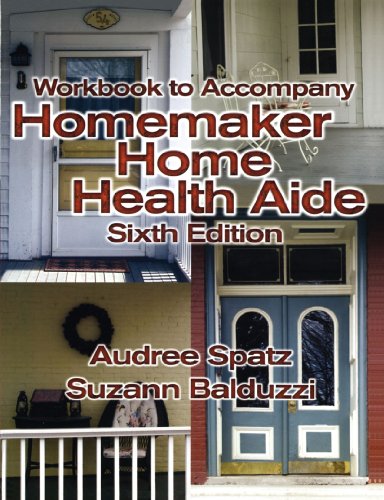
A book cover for Workbook for Balduzzi/Spatz's Homemaker Home Health Aide, 6th; Audree Spatz; Medical Books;